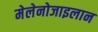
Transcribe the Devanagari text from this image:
मेलेनोजाइलान